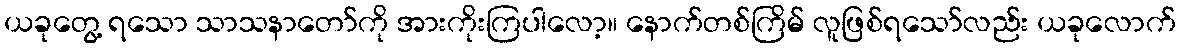
ယခုတွေ့ ရသော သာသနာတော်ကို အားကိုးကြပါလော့။ နောက်တစ်ကြိမ် လူဖြစ်ရသော်လည်း ယခုလောက်